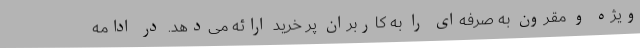
ویژه‌ و مقرون به صرفه‌ای را به کاربران پر خرید ارائه می‌دهد. در ادامه